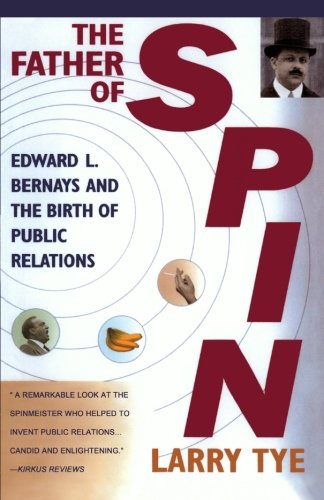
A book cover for The Father of Spin: Edward L. Bernays and The Birth of Public Relations; Larry Tye; Business & Money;